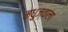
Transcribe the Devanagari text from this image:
मधुज्वाला